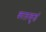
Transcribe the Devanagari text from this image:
कालकुडं